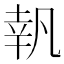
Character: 𠙜